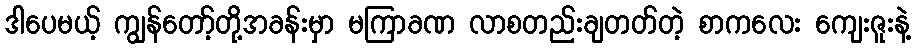
ဒါပေမယ့် ကျွန်တော့်တို့အခန်းမှာ မကြာခဏ လာစတည်းချတတ်တဲ့ စာကလေး ကျေးဇူးနဲ့